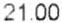
21.00